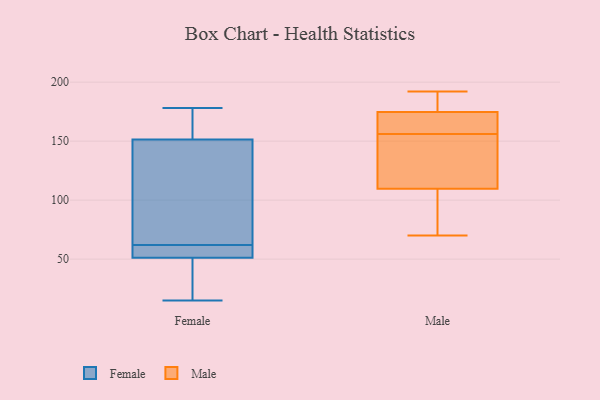
{"axis": {"x": "Production Output", "y": "Value"}, "legend": ["Female", "Male"], "data": [{"x": "", "y": 22, "type": "Female"}, {"x": "", "y": 58, "type": "Female"}, {"x": "", "y": 173, "type": "Female"}, {"x": "", "y": 178, "type": "Female"}, {"x": "", "y": 29, "type": "Female"}, {"x": "", "y": 62, "type": "Female"}, {"x": "", "y": 58, "type": "Female"}, {"x": "", "y": 87, "type": "Female"}, {"x": "", "y": 31, "type": "Female"}, {"x": "", "y": 151, "type": "Female"}, {"x": "", "y": 162, "type": "Female"}, {"x": "", "y": 15, "type": "Female"}, {"x": "", "y": 153, "type": "Female"}, {"x": "", "y": 124, "type": "Female"}, {"x": "", "y": 60, "type": "Female"}, {"x": "", "y": 60, "type": "Female"}, {"x": "", "y": 149, "type": "Female"}, {"x": "", "y": 115, "type": "Male"}, {"x": "", "y": 183, "type": "Male"}, {"x": "", "y": 174, "type": "Male"}, {"x": "", "y": 156, "type": "Male"}, {"x": "", "y": 175, "type": "Male"}, {"x": "", "y": 70, "type": "Male"}, {"x": "", "y": 162, "type": "Male"}, {"x": "", "y": 135, "type": "Male"}, {"x": "", "y": 108, "type": "Male"}, {"x": "", "y": 192, "type": "Male"}, {"x": "", "y": 107, "type": "Male"}]}